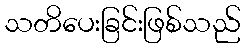
သတိပေးခြင်းဖြစ်သည်